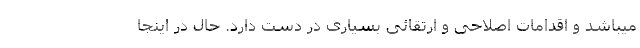
میباشد و اقدامات اصلاحی و ارتقائی بسیاری در دست دارد. حال در اینجا